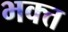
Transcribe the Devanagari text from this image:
भक्त्त